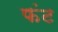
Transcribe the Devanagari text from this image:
फंट